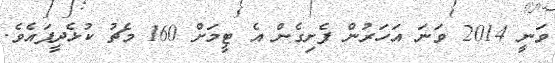
ވަނީ 2014 ވަނަ އަހަރުން ފެށިގެން އެ ޓީމަށް 160 މެޗު ކުޅެދީފައެވެ.